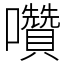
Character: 囋